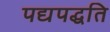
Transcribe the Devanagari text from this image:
पद्यपद्धति